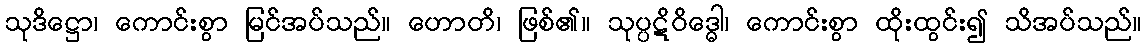
သုဒိဋ္ဌော၊ ကောင်းစွာ မြင်အပ်သည်။ ဟောတိ၊ ဖြစ်၏။ သုပ္ပဋိဝိဒ္ဓေါ၊ ကောင်းစွာ ထိုးထွင်း၍ သိအပ်သည်။